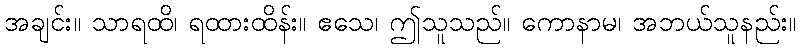
အချင်း။ သာရထိ၊ ရထားထိန်း။ ဧသေ၊ ဤသူသည်။ ကောနာမ၊ အဘယ်သူနည်း။